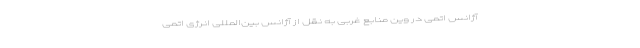
آژانس اتمی در وین منابع غربی به نقل از آژانس بین‌المللی انرژی اتمی